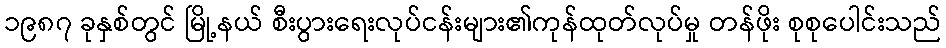
၁၉၈၇ ခုနှစ်တွင် မြို့နယ် စီးပွားရေးလုပ်ငန်းများ၏ကုန်ထုတ်လုပ်မှု တန်ဖိုး စုစုပေါင်းသည်